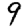
Digit: 9